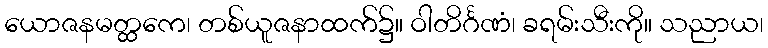
ယောဇနမတ္ထကေ၊ တစ်ယူဇနာထက်၌။ ဝါတိင်္ဂဏံ၊ ခရမ်းသီးကို။ သညာယ၊